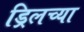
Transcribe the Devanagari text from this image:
ड्रिलच्या